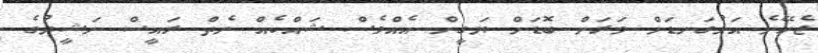
ޖެހޭނެ އަޅުގަނޑަށް ވަރަށް ބޮޑަށް ޔަގީން އެއްވެސް ޝައްކެއް ނެތް ރައީސް ނަޝީދުގެ